Serum-therapy of plague in India - Number 20
Disease focus: Plague
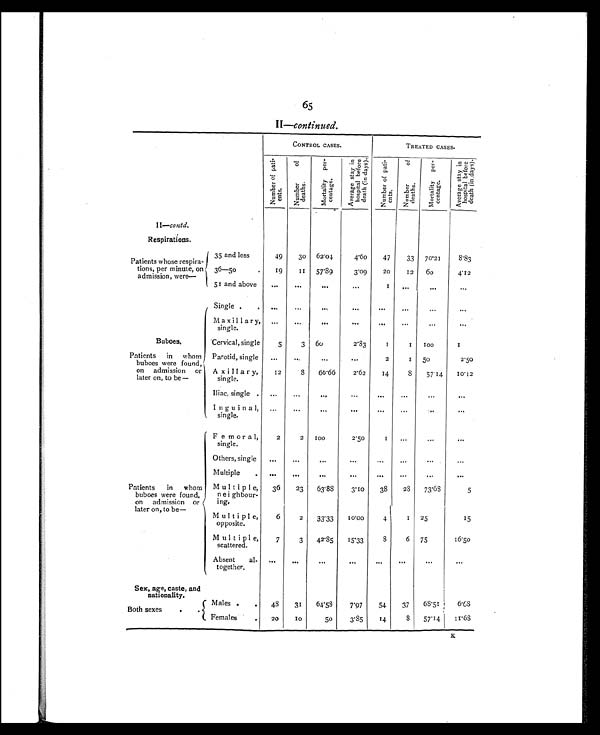
65
II—continued.
CONTROL CASES.
TREATED CASES.
Nu mb e r o f p a t i -
ents.
N u m b e r o f
d e a t h s .
M o r t a l i t y p e r -
c e n t a g e .
A v e r a g e s t a y i n
h o s p i t a l b e f o r e
d e a t h ( i n d a y s ) .
N u m b e r o f p a t i -
e n t s .
N u m b e r o f
d e a t h s .
M o r t a l i t y p e r -
c e n t a g e .
A v e r a g e s t a y i n
h o s p i t a l b e f o r e
d e a t h ( i n d a y s ) .
II— contd.
Respirations.
Patients whose respira-
tions, per minute, on
admission, were—
35 and less
49
30
62.04
4.60
47
33
70.21
8.83
36—50
.
19
1 1
57.89
3.09
20
12
60
4.12
51 and above
. . .
. . .
. . .
...
1
. . .
. . .
. . .
Buboes.
Single .
.
...
...
. . .
. . .
. . .
. . .
. . .
. . .
Maxillary,
single.
...
...
...
. . .
. . .
...
...
...
Cervical, single
5
3
60
2.83
1
1
100
1
Patients in whom
buboes were found,
on admission or
later on, to be—
Parotid, single
...
. . .
...
. . .
2
1
50
2.50
Axillary,
single.
12
8
66.66
2.62
14
8
57.14
10.12
Iliac, single .
...
...
. . .
. . .
...
. . .
. . .
. . .
Inguinal,
single.
...
...
...
. . .
. . .
...
...
Patients in whom
buboes were found,
on admission or
later on, to be—
Femoral,
single.
2
2
100
2.50
1
...
...
. . .
Others, single
...
. . .
. . .
. . .
...
. . .
...
. . .
Multiple
.
. . .
. . .
. . .
...
...
...
...
. . .
Multiple,
neighbour-
ing.
36
23
63.88
3.10
38
28
73.68
5
Multiple,
opposite.
6
2
33.33
10.00
4
1
25
15
Multiple,
scattered.
7
3
42.85
15.33
8
6
75
1 6 . 5 0
Absent al-
together.
...
. . .
. . .
. . .
...
. . .
. . .
. . .
Sex, age, caste, and
nationality.
Both sexes
.
Males .
.
48
31
64.58
7.97
54
37
68.51
6.68
Females
.
20
1 0
50
3.85
14
8
57.14 11. 68
za